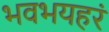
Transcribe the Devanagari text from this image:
भवभयहरं